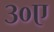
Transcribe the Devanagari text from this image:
३०ए